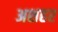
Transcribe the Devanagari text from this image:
अशहर